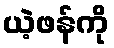
ယဲ့ဖန်ကို